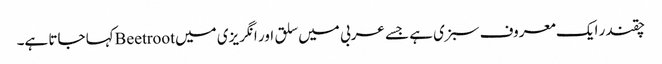
چقندر ایک معروف سبزی ہے جسے عربی میں سلق اور انگریزی میں Beetrootکہا جاتا ہے۔